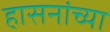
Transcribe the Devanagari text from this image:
हासनांच्या